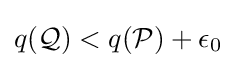
q({\mathcal {Q}})<q({\mathcal {P}})+\epsilon _{0}